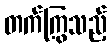
တက်ကြွသည့်